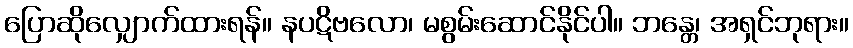
ပြောဆိုလျှောက်ထားရန်။ နပဋိဗလော၊ မစွမ်းဆောင်နိုင်ပါ။ ဘန္တေ၊ အရှင်ဘုရား။